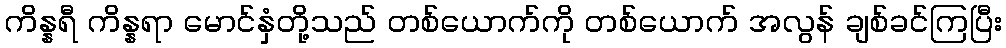
ကိန္နရီ ကိန္နရာ မောင်နှံတို့သည် တစ်ယောက်ကို တစ်ယောက် အလွန် ချစ်ခင်ကြပြီး